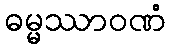
ဓမ္မဿာဝဏံ